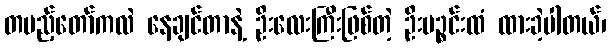
တပည့်တော်ကလဲ နေချင်တာနဲ့ ဦးလေးကြီးဖြစ်တဲ့ ဦးပဉ္စင်းထံ ထားခဲ့ပါတယ်၊